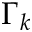
\Gamma _ { k }